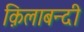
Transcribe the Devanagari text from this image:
क़िलाबन्दी